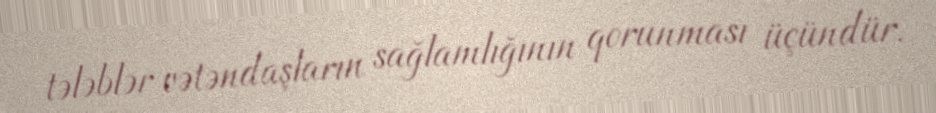
tələblər vətəndaşların sağlamlığının qorunması üçündür.